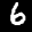
Label: 6